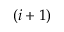
( i + 1 )